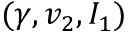
( \gamma , v _ { 2 } , I _ { 1 } )